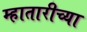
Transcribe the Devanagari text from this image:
म्हातारीच्या